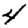
Digit: 4